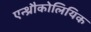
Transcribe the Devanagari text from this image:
एन्थ्रौकोलियिक